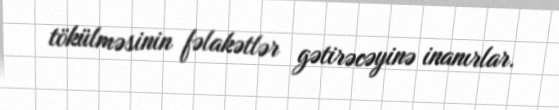
tökülməsinin fəlakətlər gətirəcəyinə inanırlar.